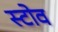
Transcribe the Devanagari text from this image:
स्‍टोव